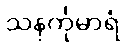
သနင်္ကုမာရံ